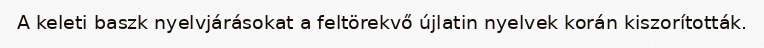
A keleti baszk nyelvjárásokat a feltörekvő újlatin nyelvek korán kiszorították.